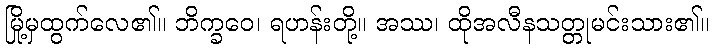
မြို့မှထွက်လေ၏။ ဘိက္ခဝေ၊ ရဟန်းတို့။ အဿ၊ ထိုအလီနသတ္တုမင်းသား၏။